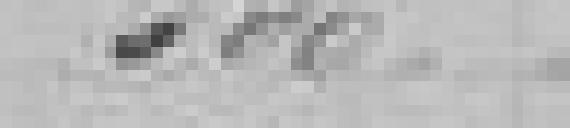
500